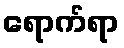
ရောက်ရာ